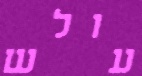
עולש